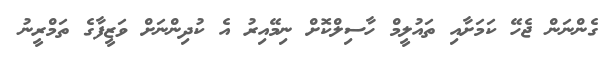
ގެންނަން ޖެހޭ ކަމަށާއި ތައުލީމް ހާސިލްކޮށް ނިމޭއިރު އެ ކުދިންނަށް ވަޒީފާގެ ތަމްރީނު